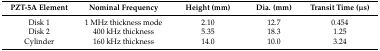
<table><thead><tr><td><b>PZT-5A Element</b></td><td><b>Nominal Frequency</b></td><td><b>Height (mm)</b></td><td><b>Dia. (mm)</b></td><td><b>Transit Time (μs)</b></td></tr></thead><tbody><tr><td>Disk 1</td><td>1 MHz thickness mode</td><td>2.10</td><td>12.7</td><td>0.454</td></tr><tr><td>Disk 2</td><td>400 kHz thickness</td><td>5.35</td><td>18.3</td><td>1.25</td></tr><tr><td>Cylinder</td><td>160 kHz thickness</td><td>14.0</td><td>10.0</td><td>3.24</td></tr></tbody></table>